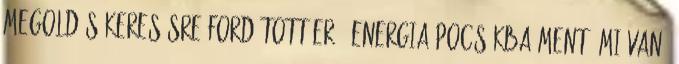
megoldás keresésre fordított erő, energia pocsékba ment. Mi van,